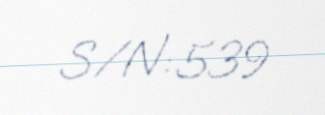
S/N: 539